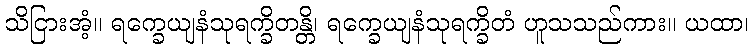
သိငြားအံ့။ ရက္ခေယျနံသုရက္ခိတန္တိ၊ ရက္ခေယျနံသုရက္ခိတံ ဟူသသည်ကား။ ယထာ၊